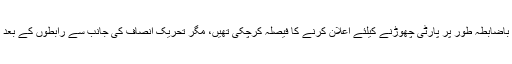
ذرائع کا کہنا ہے کہ عائلہ ملک باضابطہ طور پر پارٹی چھوڑنے کیلئے اعلان کرنے کا فیصلہ کرچکی تھیں، مگر تحریک انصاف کی جانب سے رابطوں کے بعد انہوں نے یہ فیصلہ موخر کرلیا۔